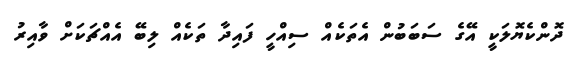
ދޮންކެޔޮލަކީ އޭގެ ސަބަބުން އެތަކެއް ސިއްހީ ފައިދާ ތަކެއް ލިބޭ އެއްޗަކަށް ވާއިރު